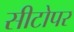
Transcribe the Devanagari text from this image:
सीटोपर